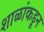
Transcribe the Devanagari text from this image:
शाळांकडून